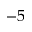
- 5